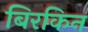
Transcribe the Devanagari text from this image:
बिरकिन